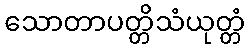
သောတာပတ္တိသံယုတ္တံ